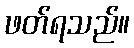
ဖတ်ရသည်။